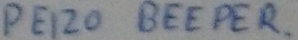
Text: PEIZO BEEPER